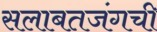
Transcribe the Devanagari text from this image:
सलाबतजंगची